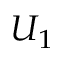
U _ { 1 }